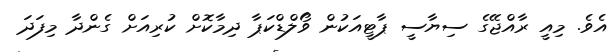
އެވެ. މިއީ ރާއްޖޭގެ ސިޔާސީ ޕާޓީއަކުން ވޯލްޑްކަޕާ ދިމާކޮށް ކުރިއަށް ގެންދާ މިފަދަ